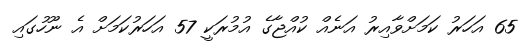
65 އަހަރު ކަމަށްވާއިރު އަނެއް ކުއްޖާގެ އުމުރަކީ 57 އަހަރުކަމަށް އެ ނޫހުގައި